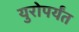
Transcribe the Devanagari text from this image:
युरोपर्यंत